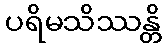
ပရိမသိဿန္တိ